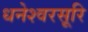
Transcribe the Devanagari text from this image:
धनेश्वरसूरि